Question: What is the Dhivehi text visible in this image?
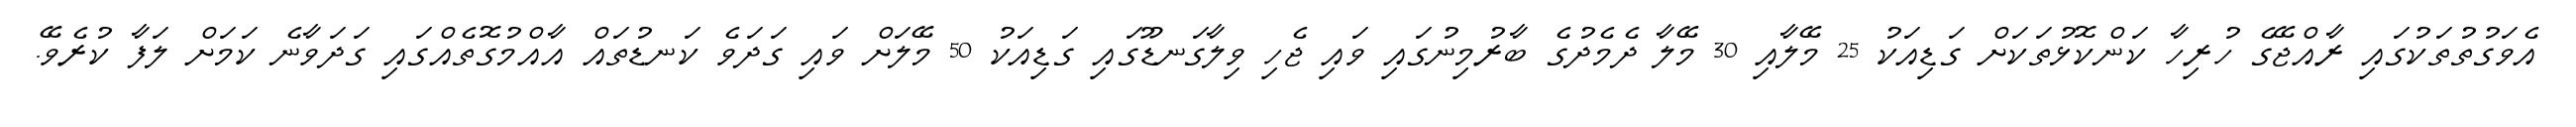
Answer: އެވަގުތުތަކުގައި ރާއްޖޭގެ ހުރިހާ ކަންކޮޅުތަކަށް ގަޑިއަކު 25 މޭލާއި 30 މޭލާ ދެމެދުގެ ބާރުމިނުގައި ވައި ޖެހި ވިލާގަނޑޫގައި ގަޑިއަކު 50 މޭލަށް ވައި ގަދަވެ ކަނޑުތައް އާއްމުގޮތެއްގައި ގަދަވާނެ ކަމަށް ލަފާ ކުރެވޭ.